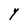
Character: Y